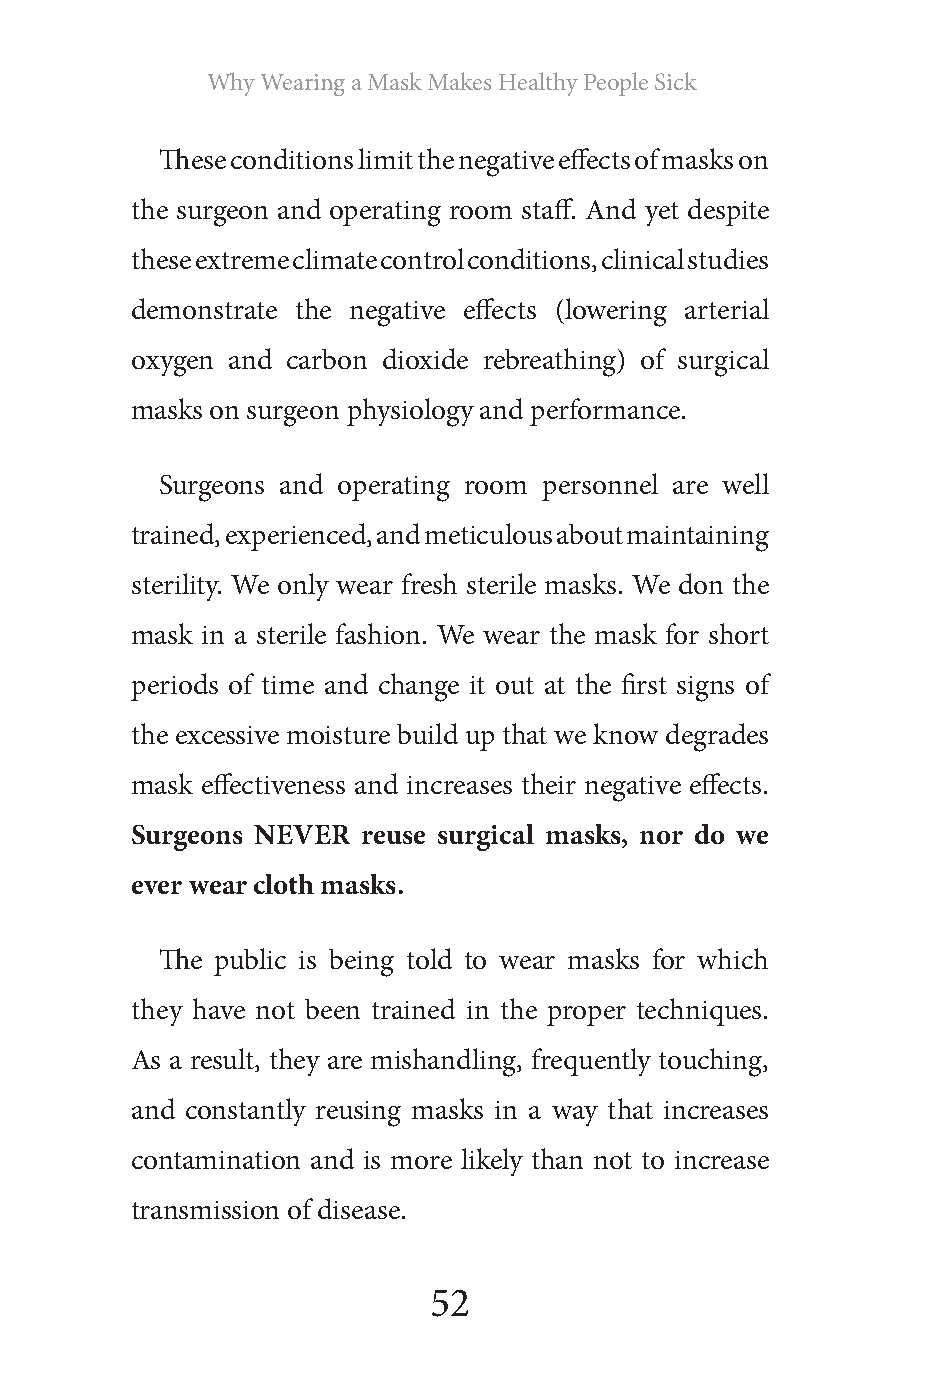
Why Wearing a Mask Makes Healthy People Sick
 These conditions limit the negative effects of masks on
 the surgeon and operating room staff. And yet despite
 these extreme climate control conditions, clinical studies
 demonstrate the negative effects (lowering arterial
 oxygen and carbon dioxide rebreathing) of surgical
 masks on surgeon physiology and performance.
 Surgeons and operating room personnel are well
 trained, experienced, and meticulous about maintaining
 sterility. We only wear fresh sterile masks. We don the
 mask in a sterile fashion. We wear the mask for short
 periods of time and change it out at the first signs of
 the excessive moisture build up that we know degrades
 mask effectiveness and increases their negative effects.
 Surgeons NEVER reuse surgical masks, nor do we
 ever wear cloth masks.
 The public is being told to wear masks for which
 they have not been trained in the proper techniques.
 As a result, they are mishandling, frequently touching,
 and constantly reusing masks in a way that increases
 contamination and is more likely than not to increase
 transmission of disease.
 52